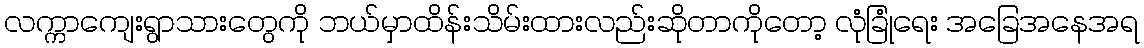
လက္ကာကျေးရွာသားတွေကို ဘယ်မှာထိန်းသိမ်းထားလည်းဆိုတာကိုတော့ လုံခြုံရေး အခြေအနေအရ